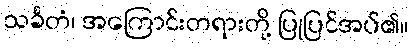
သင်္ခတံ၊ အကြောင်းတရားတို့ ပြုပြင်အပ်၏။